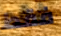
فقط